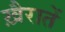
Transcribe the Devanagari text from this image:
ख़ैरातें